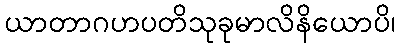
ယာတာဂဟပတိသုခုမာလိနိယောပိ၊